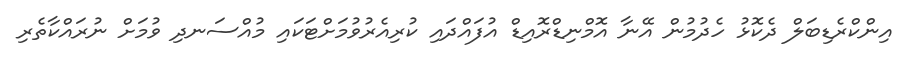
އިންކްރެޑިބަލް ދެކޮޅު ހެދުމުން އޭނާ އޮމްނިޑްރޮއިޑް އުފައްދައި ކުރިއެރުވުމަށްޓަކައި މުއްސަނދި ވުމަށް ނުރައްކާތެރި